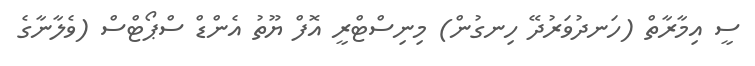
ސީ އިމާރާތް (ހަނދުވަރުދޭ ހިނގުން) މިނިސްޓްރީ އޮފް ޔޫތު އެންޑް ސްޕޯޓްސް (ވެލާނާގެ